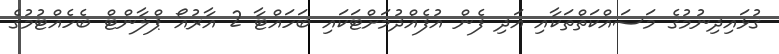
ގުޅައިދިނުމުގެ މަސައްކަތްތަކާއި އަދި ފެން އުފެއްދުމަށްޓަކައި ބަހައްޓާ 2 އާރުއޯ ޕްލާންޓް ބެހެއްޓުމުގެ